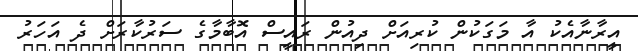
އީރާނާއެކު އާ މަގަކުން ކުރިއަށް ދިއުން ރައީސް އޮބާމާގެ ސަރުކާރަށް ދެ އަހަރު